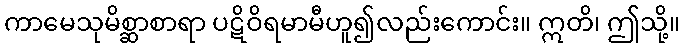
ကာမေသုမိစ္ဆာစာရာ ပဋိဝိရမာမီဟူ၍လည်းကောင်း။ ဣတိ၊ ဤသို့။